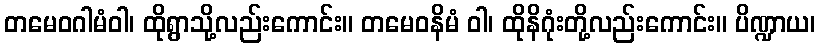
တမေဝဂါမံဝါ၊ ထိုရွာသို့လည်းကောင်း။ တမေဝနိမံ ဝါ၊ ထိုနိဂုံးတို့လည်းကောင်း။ ပိဏ္ဍာယ၊